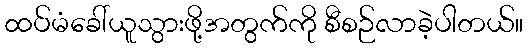
ထပ်မံခေါ်ယူသွားဖို့အတွက်ကို စီစဉ်လာခဲ့ပါတယ်။